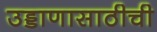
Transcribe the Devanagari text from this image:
उड्डाणासाठीची